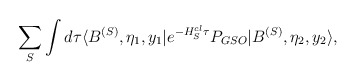
\begin{align*}\sum_S \int d\tau \langle B^{(S)}, \eta_1,y_1|e^{-H_S^{cl} \tau }P_{GSO} |B^{(S)}, \eta_2,y_2\rangle,\end{align*}